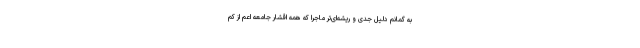
به گمانم دلیل جدی و ریشه‌ای‌تر ماجرا که همه اقشار جامعه اعم از کم